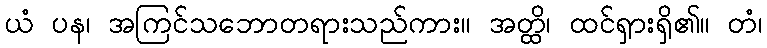
ယံ ပန၊ အကြင်သဘောတရားသည်ကား။ အတ္ထိ၊ ထင်ရှားရှိ၏။ တံ၊